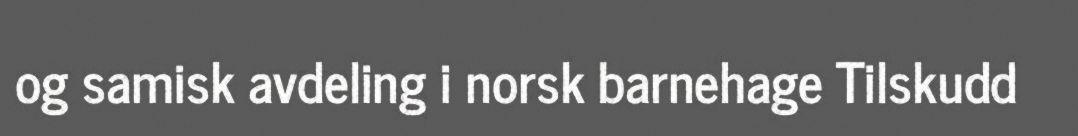
og samisk avdeling i norsk barnehage Tilskudd